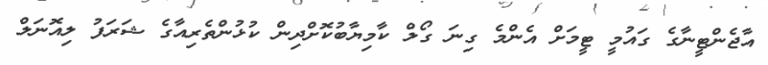
އާޖެންޓީނާގެ ގައުމީ ޓީމަށް އެންމެ ގިނަ ގޯލް ކާމިޔާބުކޮށްދިން ކުޅުންތެރިއާގެ ޝަރަފު ލިއޮނަލް